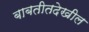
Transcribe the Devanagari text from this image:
बाबतीतदेखील